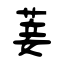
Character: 菨